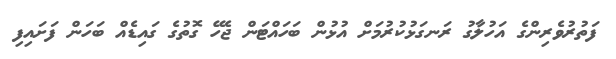
ފަތުރުވެރިންގެ އަހުލާގު ރަނގަޅުކުރުމަށް އުޅުން ބަހައްޓަން ޖެހޭ ގޮތުގެ ގައިޑެއް ބަހަން ފަށައިފި